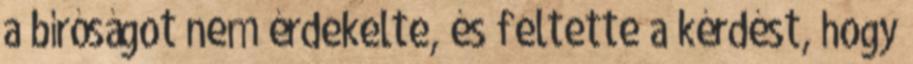
a bíróságot nem érdekelte, és feltette a kérdést, hogy